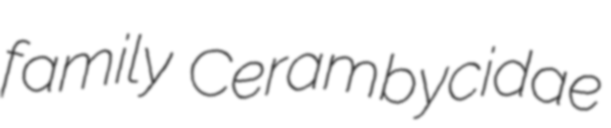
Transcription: family Cerambycidae